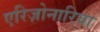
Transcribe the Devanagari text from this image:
एरिज़ोनारिया